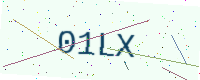
Text: 01LX